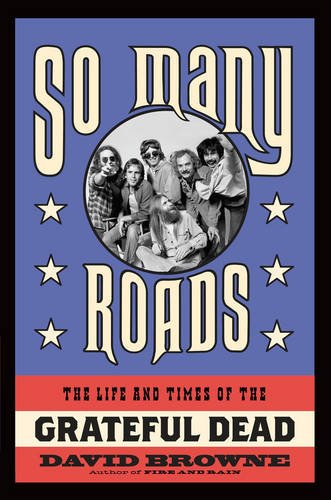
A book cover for So Many Roads: The Life and Times of the Grateful Dead; David Browne; Humor & Entertainment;